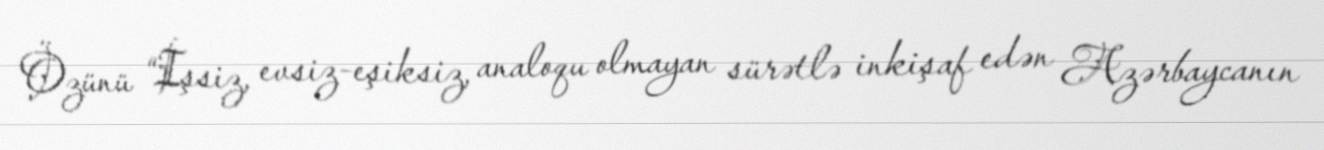
Özünü “İşsiz, evsiz-eşiksiz, analoqu olmayan sürətlə inkişaf edən Azərbaycanın